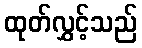
ထုတ်လွှင့်သည်